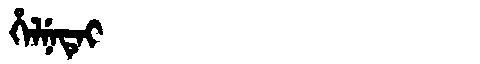
Manchu: ᡥᡝᠯᠨᡝᡨᡝᡳ
Romanization: HELNETEI